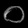
Digit: ၀